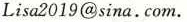
Lisa 2019@sina.Com.